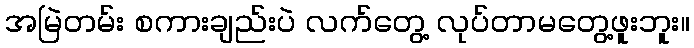
အမြဲတမ်း စကားချည်းပဲ လက်တွေ့ လုပ်တာမတွေ့ဖူးဘူး။